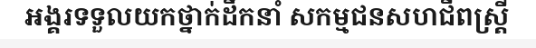
អង្គរទទួលយកថ្នាក់ដឹកនាំ សកម្មជនសហជីពស្ត្រី